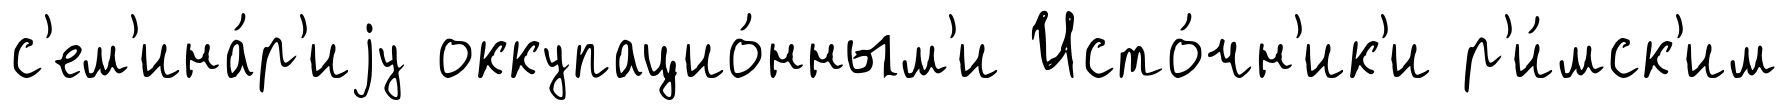
с'ем'ина́р'иjу оккупацио́нным'и Исто́чн'ик'и р'и́мск'им